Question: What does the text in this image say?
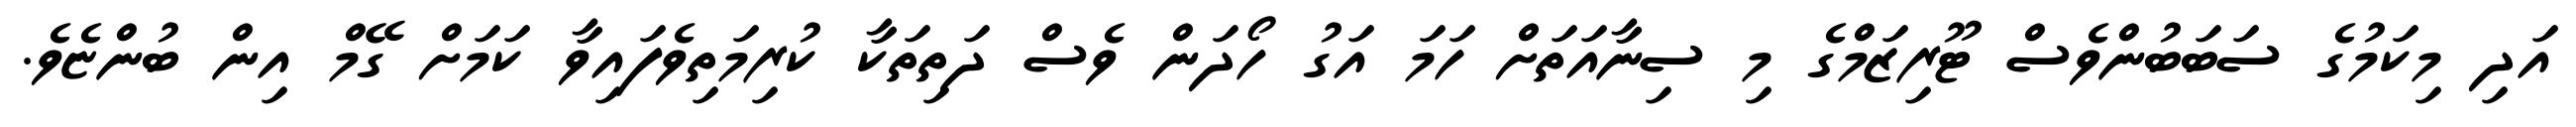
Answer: އަދި މިކަމުގެ ސަބަބުންވެސް ޓޫރިޒަމްގެ މި ސިނާއަތަށް ހަމަ އަގު ހޯދަން ވެސް ދަތިތަކާ ކުރިމަތިވެފައިވާ ކަމަށް ގޭމް އިން ބުންޏެވެ.